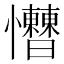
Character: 𢥱